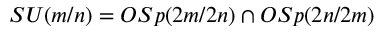
S U ( m / n ) = O S p ( 2 m / 2 n ) \cap O S p ( 2 n / 2 m )